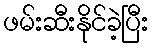
ဖမ်းဆီးနိုင်ခဲ့ပြီး